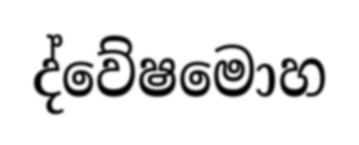
ද්වේෂමොහ